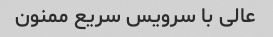
عالى با سرویس سریع ممنون